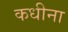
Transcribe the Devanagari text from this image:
कधीना